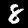
Label: 8